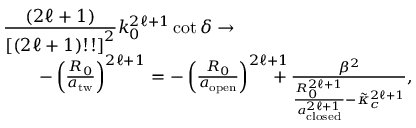
\begin{array} { r l r } { \lefteqn { \frac { ( 2 \ell + 1 ) } { \left[ ( 2 \ell + 1 ) ! ! \right] ^ { 2 } } k _ { 0 } ^ { 2 \ell + 1 } \cot \delta \rightarrow } } \\ & { } & { - \left( \frac { R _ { 0 } } { a _ { \mathrm { t w } } } \right) ^ { 2 \ell + 1 } = - \left( \frac { R _ { 0 } } { a _ { \mathrm { o p e n } } } \right) ^ { 2 \ell + 1 } \! \! \! \! \! \! \! + \frac { \beta ^ { 2 } } { \frac { R _ { 0 } ^ { 2 \ell + 1 } } { a _ { \mathrm { c l o s e d } } ^ { 2 \ell + 1 } } - \tilde { \kappa } _ { c } ^ { 2 \ell + 1 } } , } \end{array}